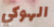
الهوكي